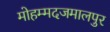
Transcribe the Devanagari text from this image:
मोहम्मदजमालपुर